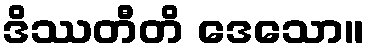
ဒိဿတီတိ ဒေသော။